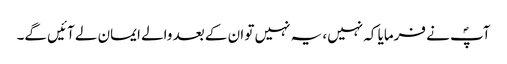
آپؐ نے فرمایا کہ نہیں، یہ نہیں تو ان کے بعد والے ایمان لے آئیں گے۔